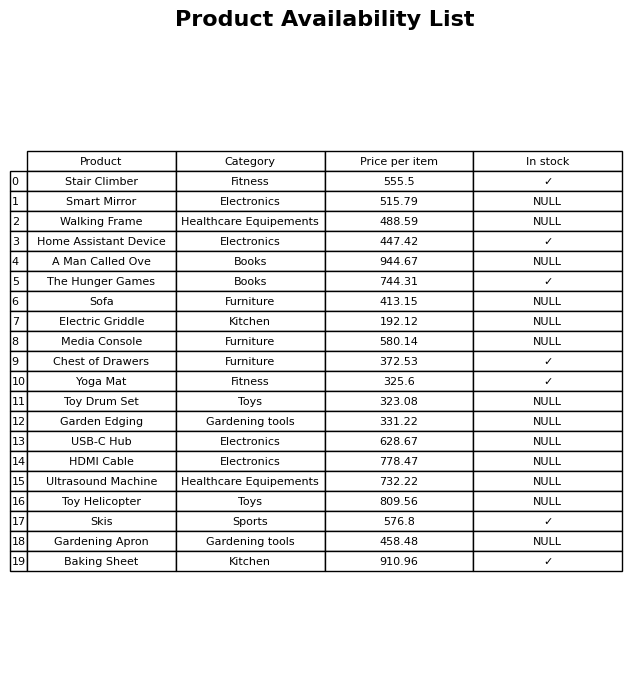
question: What is the price for Smart Mirror?
answer: The price of Smart Mirror is 515.79.